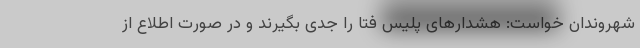
شهروندان خواست: هشدار‌های پلیس فتا را جدی بگیرند و در صورت اطلاع از